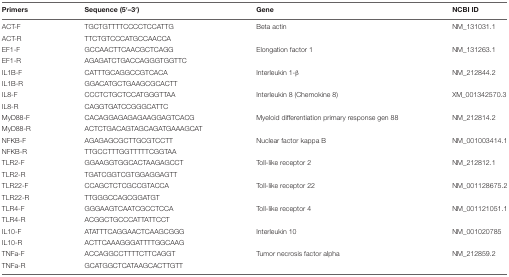
<table><thead><tr><td><b>Primers</b></td><td><b>Sequence (5′–3′)</b></td><td><b>Gene</b></td><td><b>NCBI ID</b></td></tr></thead><tbody><tr><td>ACT-F</td><td>TGCTGTTTTCCCCTCCATTG</td><td>Beta actin</td><td>NM_131031.1</td></tr><tr><td>ACT-R</td><td>TTCTGTCCCATGCCAACCA</td><td></td><td></td></tr><tr><td>EF1-F</td><td>GCCAACTTCAACGCTCAGG</td><td>Elongation factor 1</td><td>NM_131263.1</td></tr><tr><td>EF1-R</td><td>AGAGATCTGACCAGGGTGGTTC</td><td></td><td></td></tr><tr><td>IL1B-F</td><td>CATTTGCAGGCCGTCACA</td><td>Interleukin 1-β</td><td>NM_212844.2</td></tr><tr><td>IL1B-R</td><td>GGACATGCTGAAGCGCACTT</td><td></td><td></td></tr><tr><td>IL8-F</td><td>CCCTCTGCTCCATGGGTTAA</td><td>Interleukin 8 (Chemokine 8)</td><td>XM_001342570.3</td></tr><tr><td>IL8-R</td><td>CAGGTGATCCGGGCATTC</td><td></td><td></td></tr><tr><td>MyD88-F</td><td>CACAGGAGAGAGAAGGAGTCACG</td><td>Myeloid differentiation primary response gen 88</td><td>NM_212814.2</td></tr><tr><td>MyD88-R</td><td>ACTCTGACAGTAGCAGATGAAAGCAT</td><td></td><td></td></tr><tr><td>NFKB-F</td><td>AGAGAGCGCTTGCGTCCTT</td><td>Nuclear factor kappa B</td><td>NM_001003414.1</td></tr><tr><td>NFKB-R</td><td>TTGCCTTTGGTTTTTCGGTAA</td><td></td><td></td></tr><tr><td>TLR2-F</td><td>GGAAGGTGGCACTAAGAGCCT</td><td>Toll-like receptor 2</td><td>NM_212812.1</td></tr><tr><td>TLR2-R</td><td>TGATCGGTCGTGGAGGAGTT</td><td></td><td></td></tr><tr><td>TLR22-F</td><td>CCAGCTCTCGCCGTACCA</td><td>Toll-like receptor 22</td><td>NM_001128675.2</td></tr><tr><td>TLR22-R</td><td>TTGGGCCAGCGGATGT</td><td></td><td></td></tr><tr><td>TLR4-F</td><td>GGGAAGTCAATCGCCTCCA</td><td>Toll-like receptor 4</td><td>NM_001121051.1</td></tr><tr><td>TLR4-R</td><td>ACGGCTGCCCATTATTCCT</td><td></td><td></td></tr><tr><td>IL10-F</td><td>ATATTTCAGGAACTCAAGCGGG</td><td>Interleukin 10</td><td>NM_001020785</td></tr><tr><td>IL10-R</td><td>ACTTCAAAGGGATTTTGGCAAG</td><td></td><td></td></tr><tr><td>TNFa-F</td><td>ACCAGGCCTTTTCTTCAGGT</td><td>Tumor necrosis factor alpha</td><td>NM_212859.2</td></tr><tr><td>TNFa-R</td><td>GCATGGCTCATAAGCACTTGTT</td><td></td><td></td></tr></tbody></table>